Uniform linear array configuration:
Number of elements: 12
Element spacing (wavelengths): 0.75
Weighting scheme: uniform
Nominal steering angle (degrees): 60
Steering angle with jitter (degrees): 60.658
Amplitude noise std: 0.05
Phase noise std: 0.05

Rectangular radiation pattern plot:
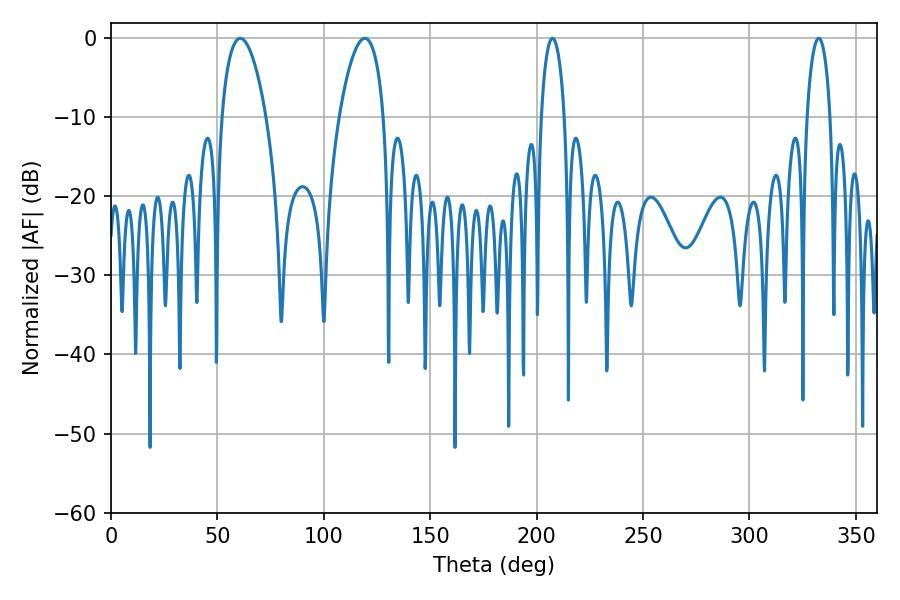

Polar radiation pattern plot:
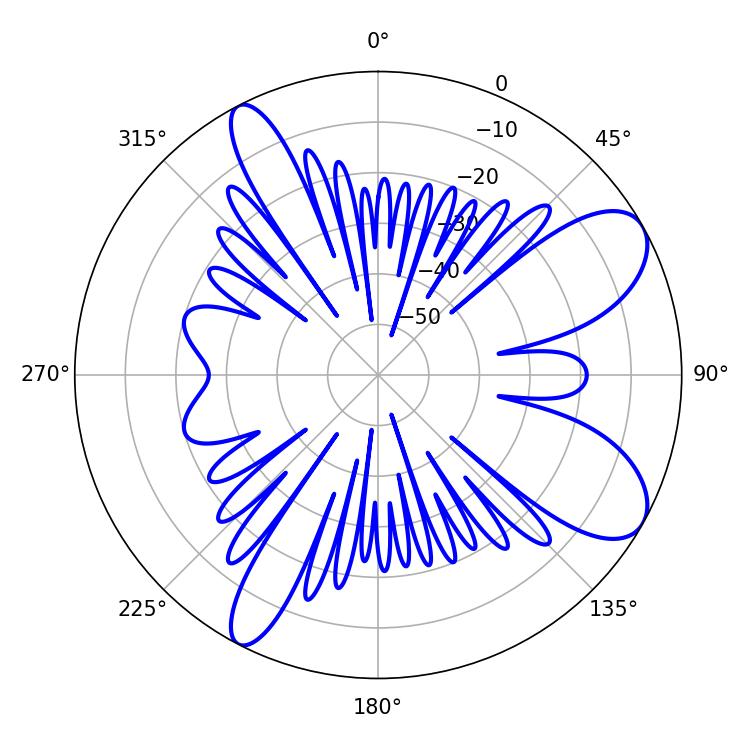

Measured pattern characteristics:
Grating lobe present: TRUE
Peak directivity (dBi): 8.719
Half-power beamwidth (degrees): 11.7
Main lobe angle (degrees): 60.66